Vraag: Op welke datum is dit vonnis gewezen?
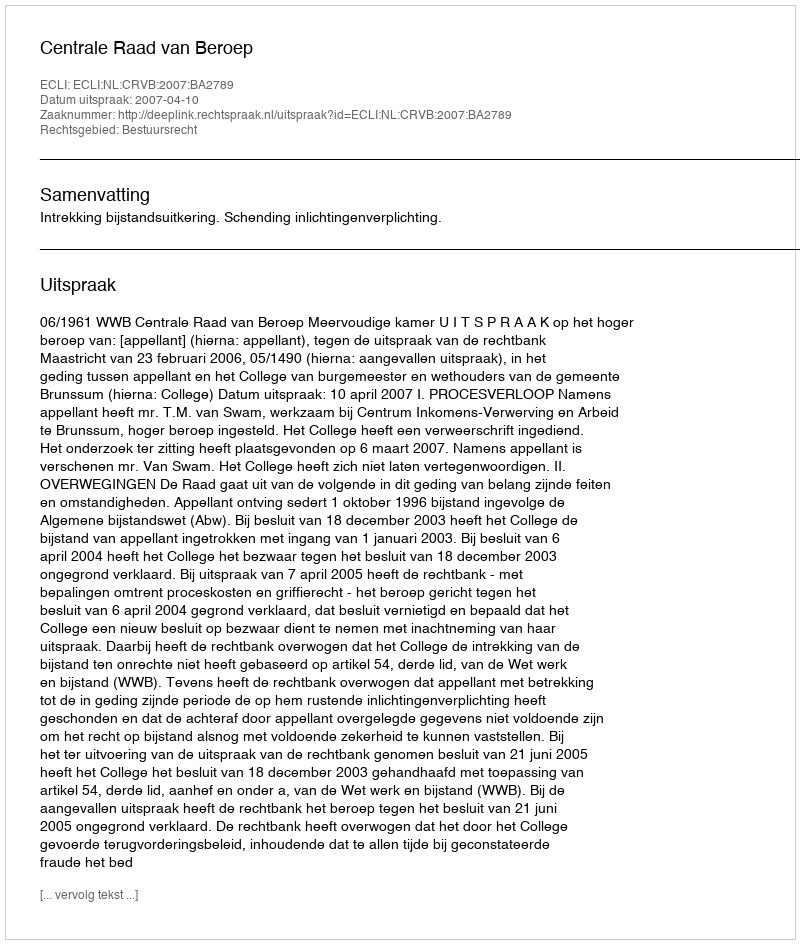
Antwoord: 2007-04-10